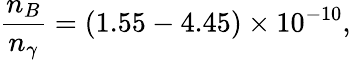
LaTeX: \frac{n_{B}}{n_{\gamma}}=(1.55-4.45)\times 10^{-10},